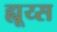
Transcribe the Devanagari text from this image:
ह्यूय्स